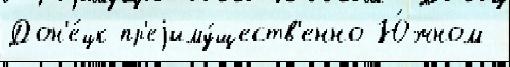
Дон'е́цк пр'еjиму́ществ'енно Ю́жном